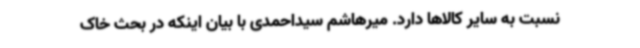
نسبت به سایر کالاها دارد. میرهاشم سیداحمدی با بیان اینکه در بحث خاک